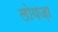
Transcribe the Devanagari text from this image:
लोयज़ा